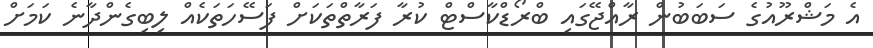
އެ މަޝްރޫއުގެ ސަބަބުން ރާއްޖޭގައި ބްރޯޑްކާސްޓް ކުރާ ފަރާތްތަކަށް ފަސޭހަތަކެއް ލިބިގެންދާނެ ކަމަށް